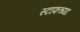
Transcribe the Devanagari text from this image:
स्टाफच्या